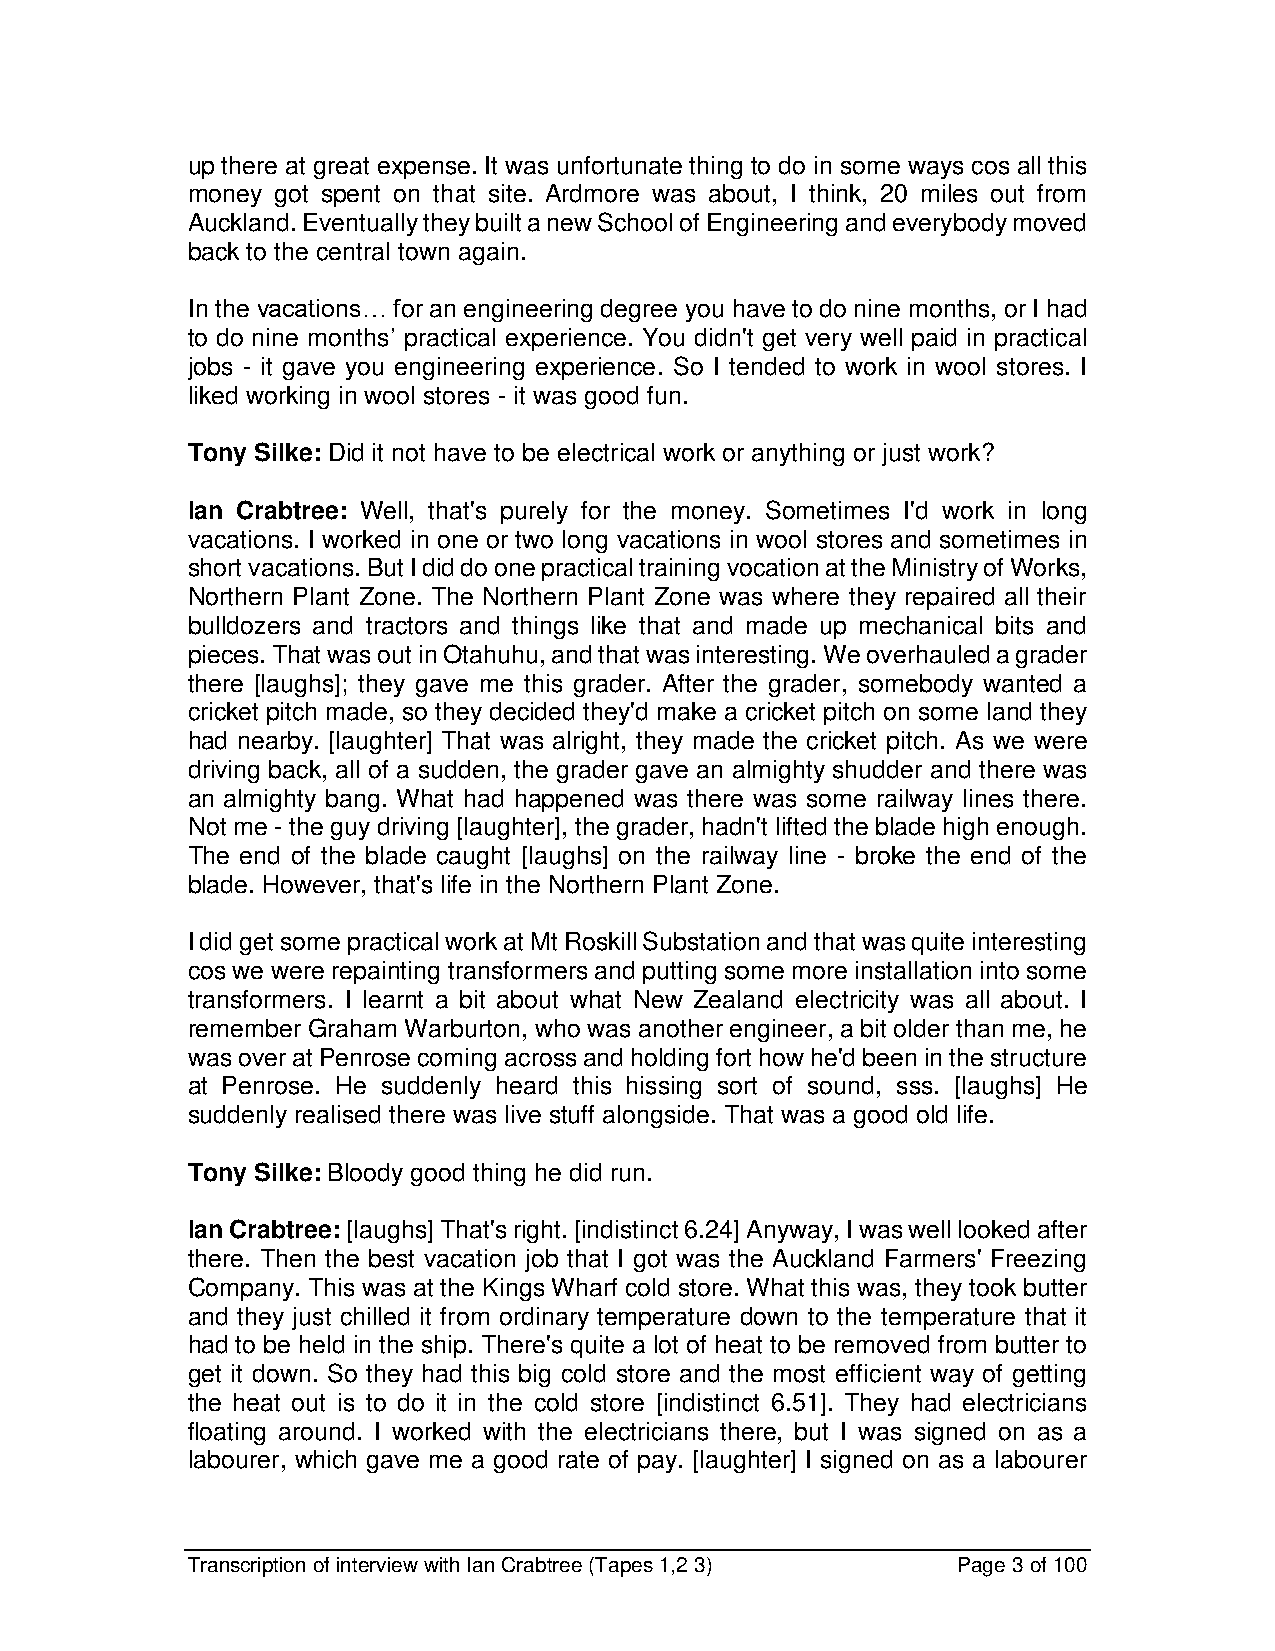
up there at great expense. It was unfortunate thing to do in some ways cos all this
 money got spent on that site. Ardmore was about, I think, 20 miles out from
 Auckland. Eventually they built a new School of Engineering and everybody moved
 back to the central town again.
 In the vacations… for an engineering degree you have to do nine months, or I had
 to do nine months’ practical experience. You didn't get very well paid in practical
 jobs - it gave you engineering experience. So I tended to work in wool stores. I
 liked working in wool stores - it was good fun.
 Tony Silke: Did it not have to be electrical work or anything or just work?
 Ian Crabtree: Well, that's purely for the money. Sometimes I'd work in long
 vacations. I worked in one or two long vacations in wool stores and sometimes in
 short vacations. But I did do one practical training vocation at the Ministry of Works,
 Northern Plant Zone. The Northern Plant Zone was where they repaired all their
 bulldozers and tractors and things like that and made up mechanical bits and
 pieces. That was out in Otahuhu, and that was interesting. We overhauled a grader
 there [laughs]; they gave me this grader. After the grader, somebody wanted a
 cricket pitch made, so they decided they'd make a cricket pitch on some land they
 had nearby. [laughter] That was alright, they made the cricket pitch. As we were
 driving back, all of a sudden, the grader gave an almighty shudder and there was
 an almighty bang. What had happened was there was some railway lines there.
 Not me - the guy driving [laughter], the grader, hadn't lifted the blade high enough.
 The end of the blade caught [laughs] on the railway line - broke the end of the
 blade. However, that's life in the Northern Plant Zone.
 I did get some practical work at Mt Roskill Substation and that was quite interesting
 cos we were repainting transformers and putting some more installation into some
 transformers. I learnt a bit about what New Zealand electricity was all about. I
 remember Graham Warburton, who was another engineer, a bit older than me, he
 was over at Penrose coming across and holding fort how he'd been in the structure
 at Penrose. He suddenly heard this hissing sort of sound, sss. [laughs] He
 suddenly realised there was live stuff alongside. That was a good old life.
 Tony Silke: Bloody good thing he did run.
 Ian Crabtree: [laughs] That's right. [indistinct 6.24] Anyway, I was well looked after
 there. Then the best vacation job that I got was the Auckland Farmers' Freezing
 Company. This was at the Kings Wharf cold store. What this was, they took butter
 and they just chilled it from ordinary temperature down to the temperature that it
 had to be held in the ship. There's quite a lot of heat to be removed from butter to
 get it down. So they had this big cold store and the most efficient way of getting
 the heat out is to do it in the cold store [indistinct 6.51]. They had electricians
 floating around. I worked with the electricians there, but I was signed on as a
 labourer, which gave me a good rate of pay. [laughter] I signed on as a labourer
 Transcription of interview with Ian Crabtree (Tapes 1,2 3) Page 3 of 100